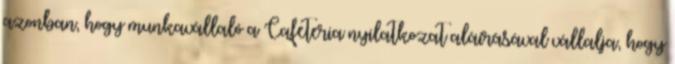
azonban, hogy munkavállaló a Cafeteria nyilatkozat aláírásával vállalja, hogy